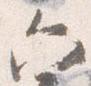
六